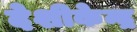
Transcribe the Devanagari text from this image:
देशीकेन्द्र